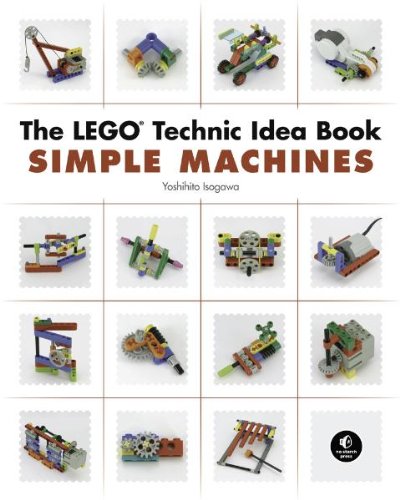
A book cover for The LEGO Technic Idea Book: Simple Machines; Yoshihito Isogawa; Engineering & Transportation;